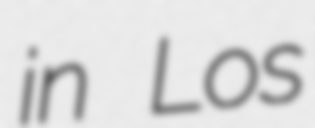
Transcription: in Los